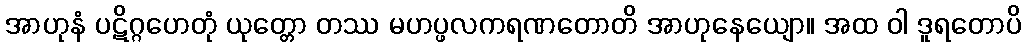
အာဟုနံ ပဋိဂ္ဂဟေတုံ ယုတ္တော တဿ မဟပ္ဖလကရဏတောတိ အာဟုနေယျော။ အထ ဝါ ဒူရတောပိ